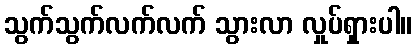
သွက်သွက်လက်လက် သွားလာ လှုပ်ရှားပါ။